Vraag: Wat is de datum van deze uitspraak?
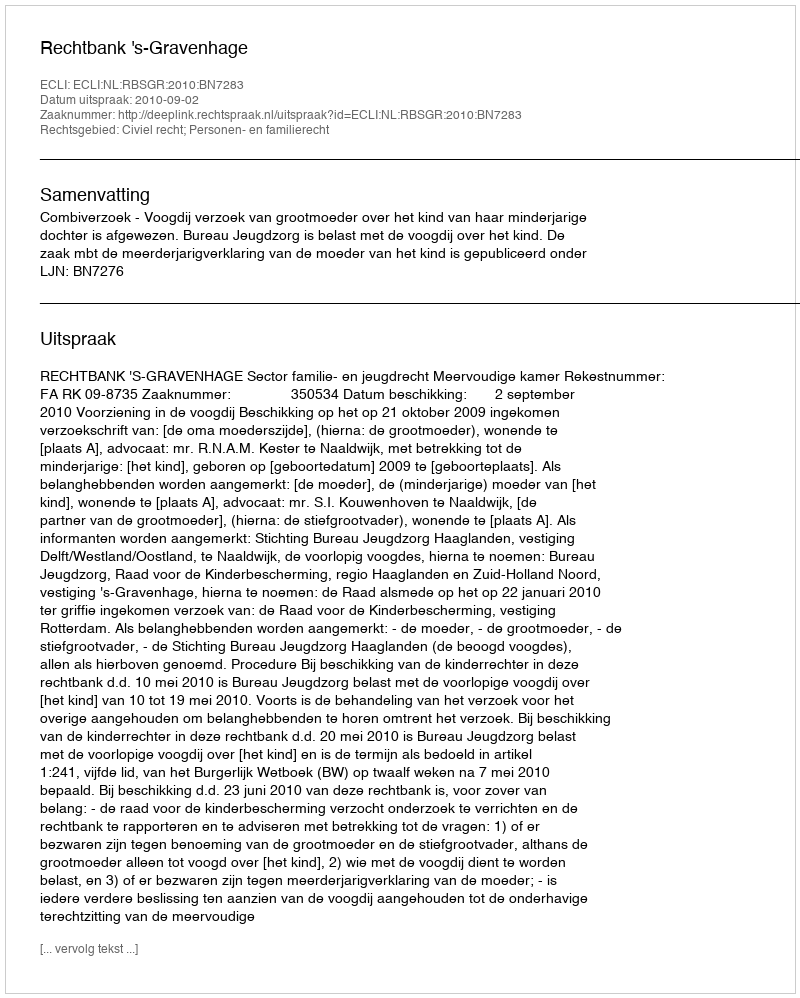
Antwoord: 2010-09-02